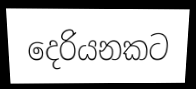
දෙරියනකට